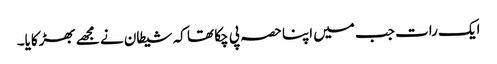
ایک رات جب میں اپنا حصہ پی چکا تھا کہ شیطان نے مجھے بھڑکایا۔